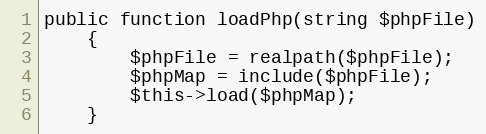
Language: PHP
public function loadPhp(string $phpFile)
    {
        $phpFile = realpath($phpFile);
        $phpMap = include($phpFile);
        $this->load($phpMap);
    }